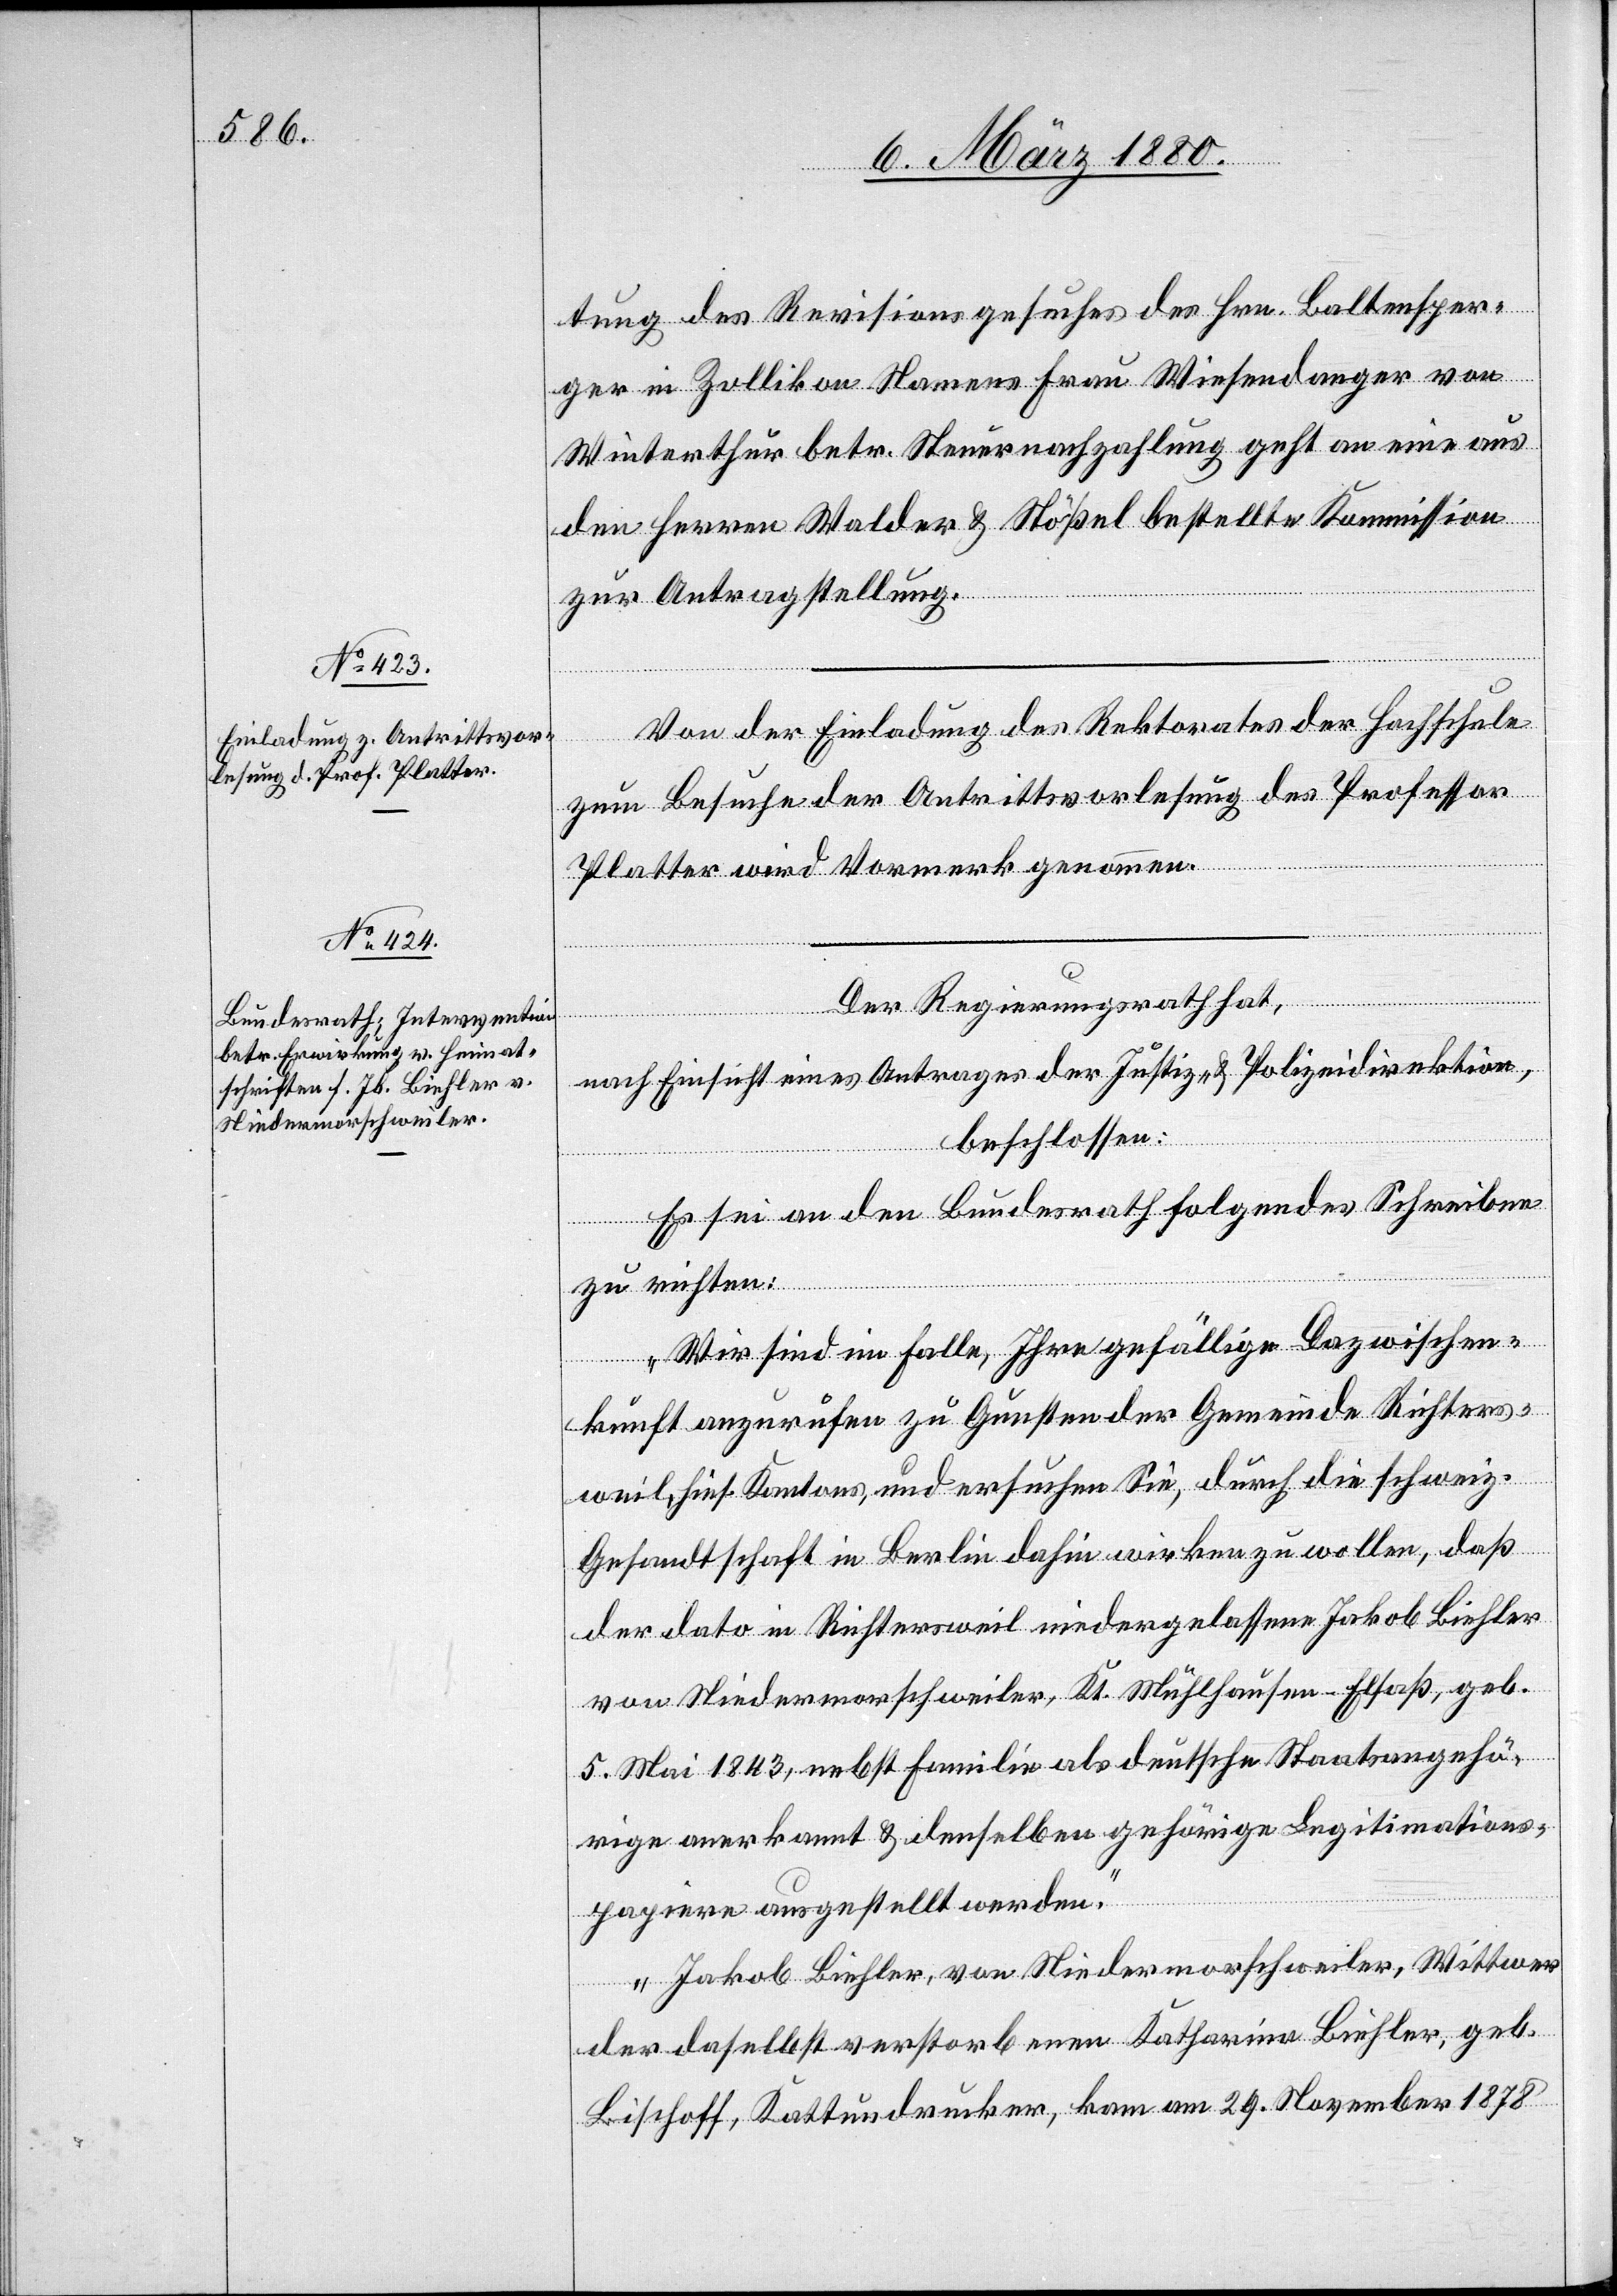
tung des Revisionsgesuches des Hrn. Baltensper¬
ger in Zollikon Namens Frau Wiesendanger von
Winterthur betr. Steuernachzahlung geht an eine aus
den Herren Walder & Stößel bestellte Kommission
zur Antragstellung.
Von der Einladung des Rektorates der Hochschule
zum Besuche der Antrittsvorlesung des Professor
Platter wird Vormerk genommen.
Der Regierungsrath hat,
nach Einsicht eines Antrages der Justiz- & Polizeidirektion,
beschlossen:
Es sei an den Bundesrath folgendes Schreiben
zu richten:
„Wir sind im Falle, Ihre gefällige Dazwischen¬
kunft anzurufen zu Gunsten der Gemeinde Richters¬
weil, hies. Kantons, und ersuchen Sie, durch die schweiz.
Gesandtschaft in Berlin dahin wirken zu wollen, daß
der dato in Richtersweil niedergelassene Jakob Biehler
von Niedermorschweiler, Kt. Mühlhausen-Elsaß, geb.
5. Mai 1843, nebst Familie als deutsche Staatsangehö¬
rige anerkannt & denselben gehörige Legitimations¬
papiere ausgestellt werden.
Jakob Biehler, von Niedermorschweiler, Wittwer
der daselbst verstorbenen Katharina Biehler, geb.
Bischoff, Kattundrucker, kam am 29. November 1878